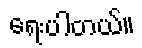
ရေးပါတယ်။